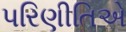
પરિણીતિએ